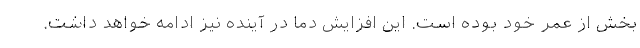
بخش از عمر خود بوده است. این افزایش دما در آینده نیز ادامه خواهد داشت.